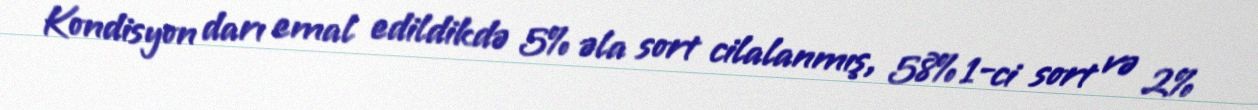
Kondisyon darı emal edildikdə 5% əla sort cilalanmış, 58% 1-ci sort və 2%